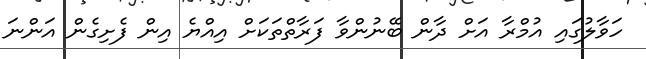
ހަވާލުގައި އުމްރާ އަށް ދާން ބޭނުންވާ ފަރާތްތަކަށް އިއްޔެ އިން ފެށިގެން އަންނަ